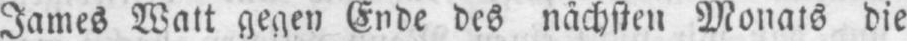
James Watt gegen Ende des nächsten Monats die